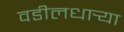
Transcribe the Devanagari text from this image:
वडीलधार्‍या